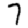
Digit: 7